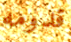
قدومه